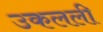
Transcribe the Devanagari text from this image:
उकलली